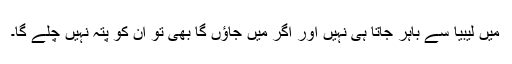
میں لیبیا سے باہر جاتا ہی نہیں اور اگر میں جاؤں گا بھی تو ان کو پتہ نہیں چلے گا۔